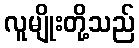
လူမျိုးတို့သည်